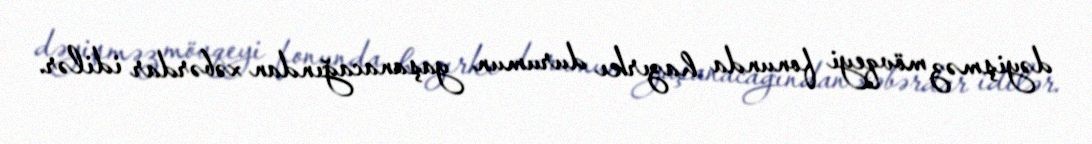
dəyişməz mövqeyi fonunda hazırkı durumun yaşanacağından xəbərdar idilər.